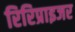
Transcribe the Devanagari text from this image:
रिरिप्राइजर